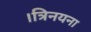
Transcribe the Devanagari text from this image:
।त्रिनयना